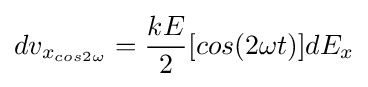
dv_{x_{cos2\omega }}={\frac {kE}{2}}[cos(2\omega t)]dE_{x}